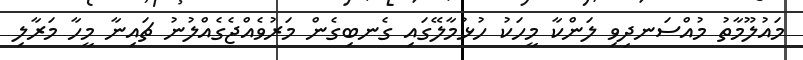
މައުލޫމާތު މުއްސަނދިވި ލަންކާ މީހަކު ހުޅުމާލޭގައި ގެނބިގެން މަރުވެއްޖެގެއްލުނު ޗައިނާ މީހާ މަރާލި